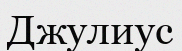
Джулиус